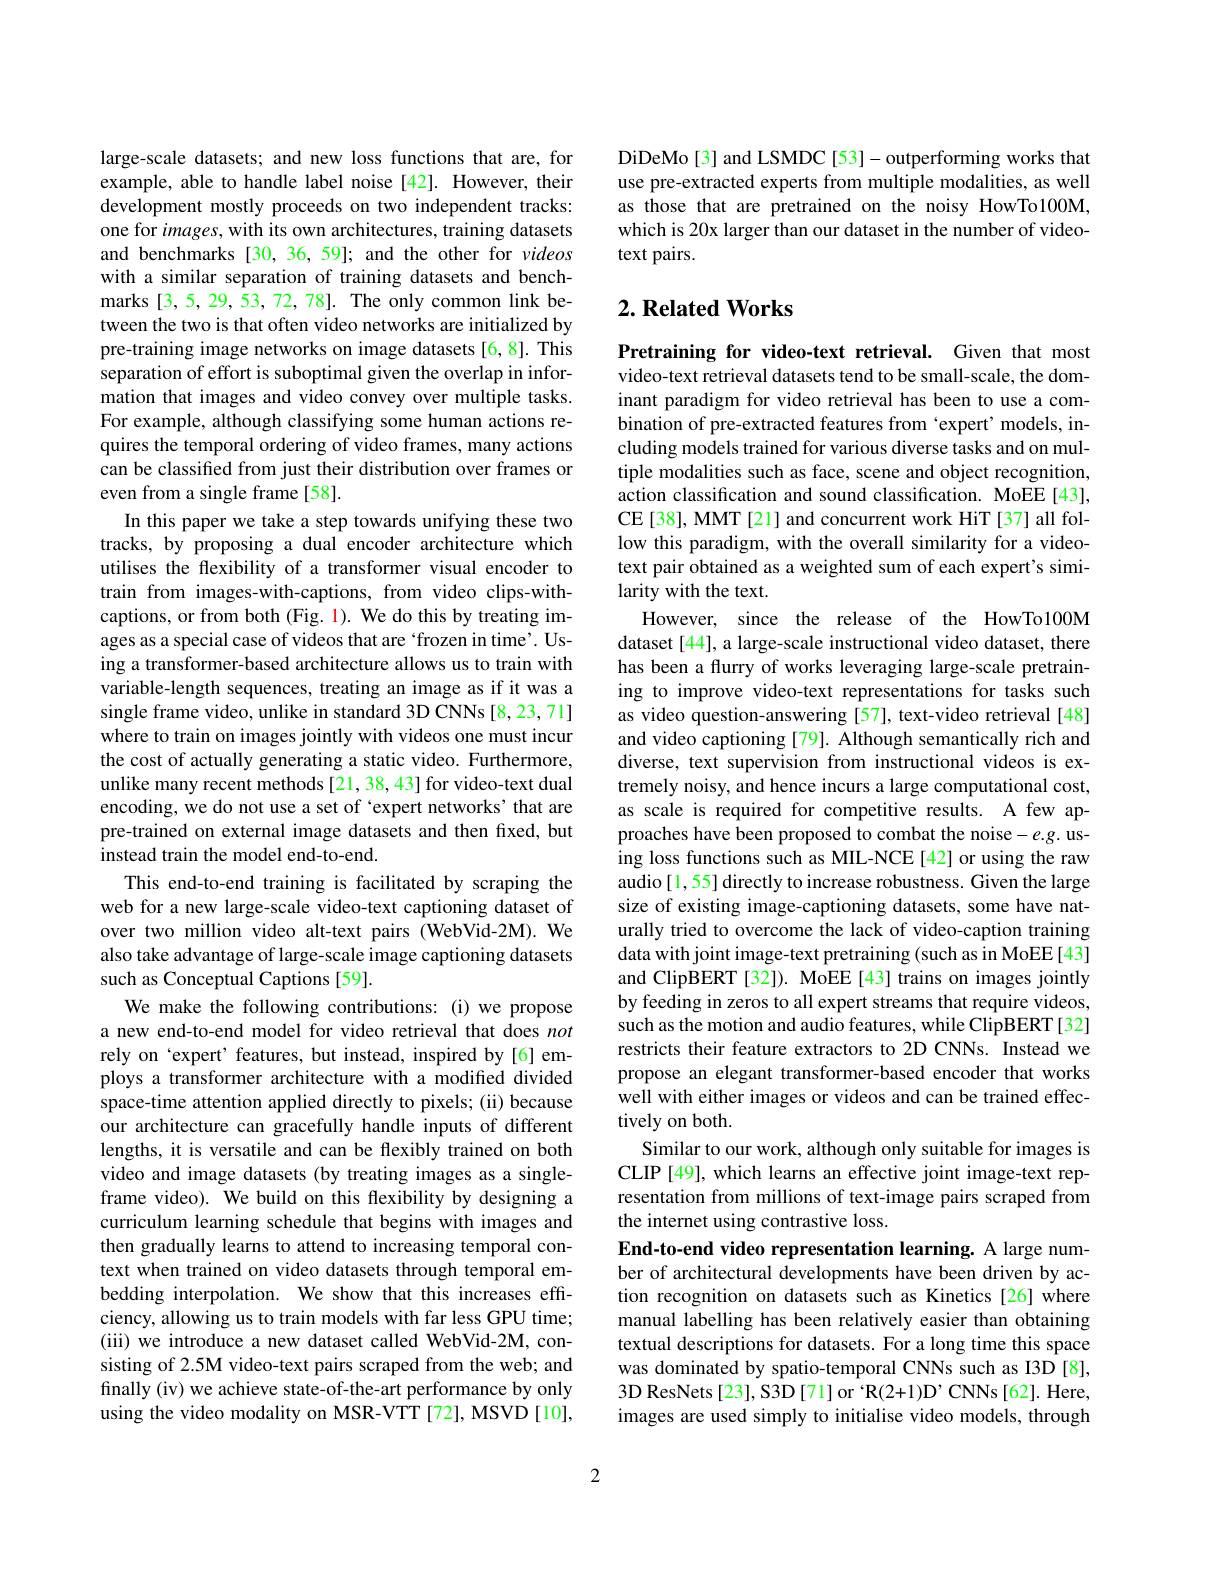
large-scale datasets; and new loss functions that are, for example, able to handle label noise [42]. However, their development mostly proceeds on two independent tracks: one for images, with its own architectures, training datasets and benchmarks [30, 36, 59]; and the other for videos with a similar separation of training datasets and benchmarks [3,5,29,53,72,78]. The only common link between the two is that often video networks are initialized by pre-training image networks on image datasets [6,8]. This separation of effort is suboptimal given the overlap in information that images and video convey over multiple tasks. For example, although classifying some human actions requires the temporal ordering of video frames, many actions can be classified from just their distribution over frames or even from a single frame[58].
In this paper we take a step towards unifying these two tracks, by proposing a dual encoder architecture which utilises the flexibility of a transformer visual encoder to train from images-with-captions, from video clips-withcaptions, or from both (Fig. 1). We do this by treating images as a special case of videos that are `frozen in time'. Using a transformer-based architecture allows us to train with variable-length sequences, treating an image as if it was a single frame video, unlike in standard 3D CNNs [8,23,71] where to train on images jointly with videos one must incur the cost of actually generating a static video. Furthermore, unlike many recent methods [21,38,43] for video-text dual encoding, we do not use a set of 'expert networks' that are pre-trained on external image datasets and then fixed, but instead train the model end-to-end.
This end-to-end training is facilitated by scraping the web for a new large-scale video-text captioning dataset of over two million video alt-text pairs (WebVid-2M). We also take advantage of large-scale image captioning datasets such as Conceptual Captions [59].
We make the following contributions: (i) we propose a new end-to-end model for video retrieval that does not rely on‘expert’features, but instead, inspired by[6]employs a transformer architecture with a modified divided space-time attention applied directly to pixels; (ii) because our architecture can gracefully handle inputs of different lengths, it is versatile and can be flexibly trained on both video and image datasets (by treating images as a singleframe video). We build on this flexibility by designing a curriculum learning schedule that begins with images and then gradually learns to attend to increasing temporal context when trained on video datasets through temporal embedding interpolation. We show that this increases effciency, allowing us to train models with far less GPU time; (iii) we introduce a new dataset called WebVid-2M, consisting of 2.5M video-text pairs scraped from the web; and finally (iv) we achieve state-of-the-art performance by only using the video modality on MSR-VTT [72], MSVD [10],

DiDeMo[3] and LSMDC [53]- outperforming works that use pre-extracted experts from multiple modalities, as well as those that are pretrained on the noisy HowTo100M, which is 20x larger than our dataset in the number of videotext pairs.

## $2. \textbf{Related Works}$

Pretraining for video-text retrieval. Given that most video-text retrieval datasets tend to be small-scale, the dominant paradigm for video retrieval has been to use a combination of pre-extracted features from 'expert' models, including models trained for various diverse tasks and on multiple modalities such as face, scene and object recognition, action classification and sound classification. MoEE[43], CE [38], MMT [21] and concurrent work HiT [37] all follow this paradigm, with the overall similarity for a videotext pair obtained as a weighted sum of each expert's similarity with the text.
However, since the release of the HowTo100M dataset [44], a large-scale instructional video dataset, there has been a flurry of works leveraging large-scale pretraining to improve video-text representations for tasks such as video question-answering [57], text-video retrieval [48] and video captioning [79]. Although semantically rich and diverse, text supervision from instructional videos is extremely noisy, and hence incurs a large computational cost, as scale is required for competitive results. A few approaches have been proposed to combat the noise- e.g. using loss functions such as MIL-NCE [42] or using the raw audio[1,55] directly to increase robustness. Given the large size of existing image-captioning datasets, some have naturally tried to overcome the lack of video-caption training data with joint image-text pretraining (such as in MoEE[43] and ClipBERT [32]). MoEE[43] trains on images jointly by feeding in zeros to all expert streams that require videos, such as the motion and audio features, while ClipBERT [32] restricts their feature extractors to 2D CNNs. Instead we propose an elegant transformer-based encoder that works well with either images or videos and can be trained effectively on both.
Similar to our work, although only suitable for images is CLIP[49], which learns an effective joint image-text representation from millions of text-image pairs scraped from the internet using contrastive loss.
End-to-end video representation learning. A large number of architectural developments have been driven by action recognition on datasets such as Kinetics[26] where manual labelling has been relatively easier than obtaining textual descriptions for datasets. For a long time this space was dominated by spatio-temporal CNNs such as I3D [8], 3D ResNets[23], S3D[71] or $^{\mathrm{~}}$R(2+1)D' CNNs[62]. Here, images are used simply to initialise video models, through

2